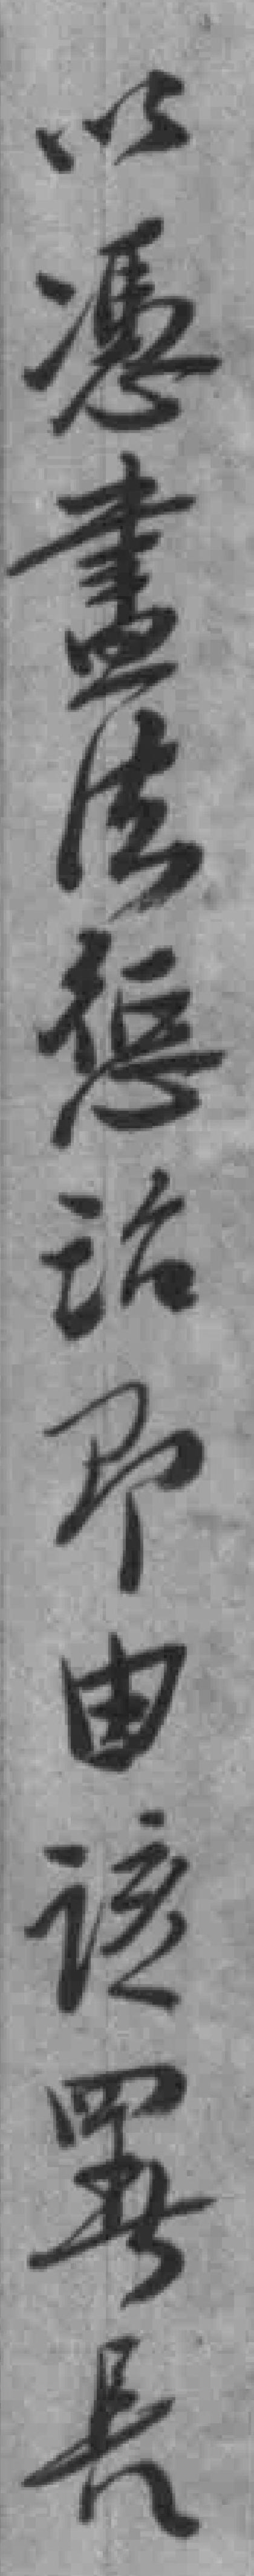
以憑盡法惩治即由该*長